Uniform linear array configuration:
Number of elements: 8
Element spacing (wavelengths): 0.5
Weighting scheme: uniform
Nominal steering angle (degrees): -30
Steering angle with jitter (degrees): -31.581
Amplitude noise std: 0.05
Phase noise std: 0.05

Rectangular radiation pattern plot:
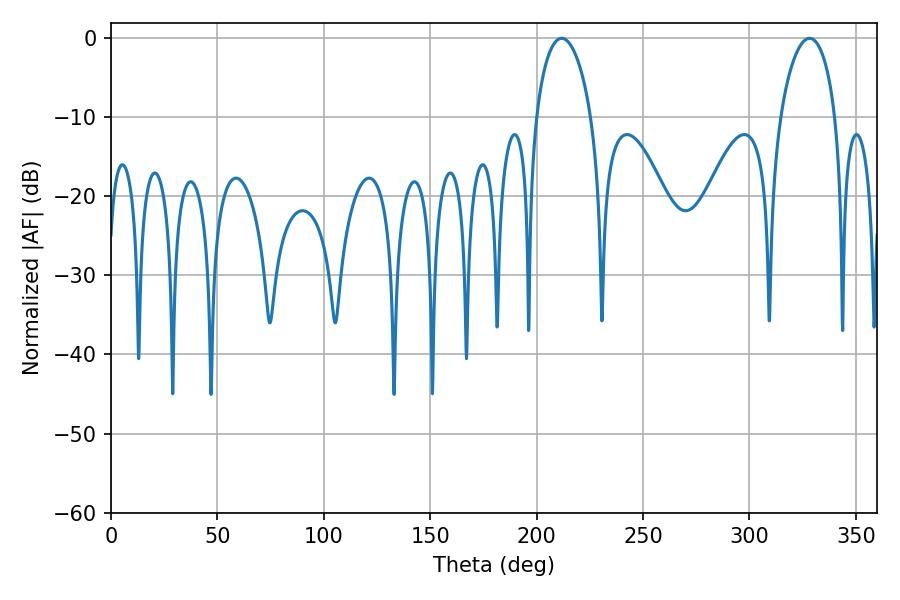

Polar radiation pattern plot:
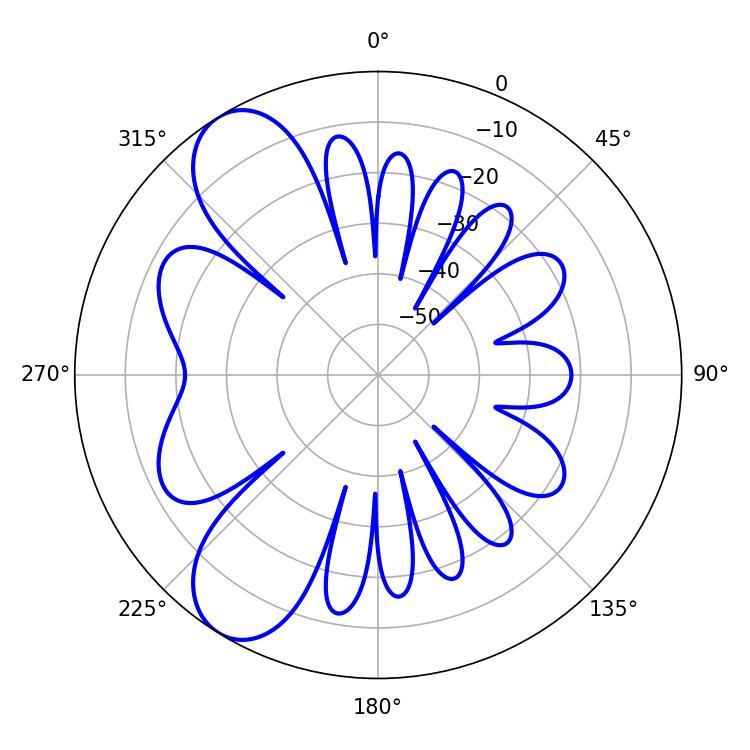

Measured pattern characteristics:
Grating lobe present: FALSE
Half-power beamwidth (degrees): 14.76
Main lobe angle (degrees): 211.68